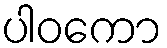
ပါဝကော